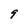
Character: 9